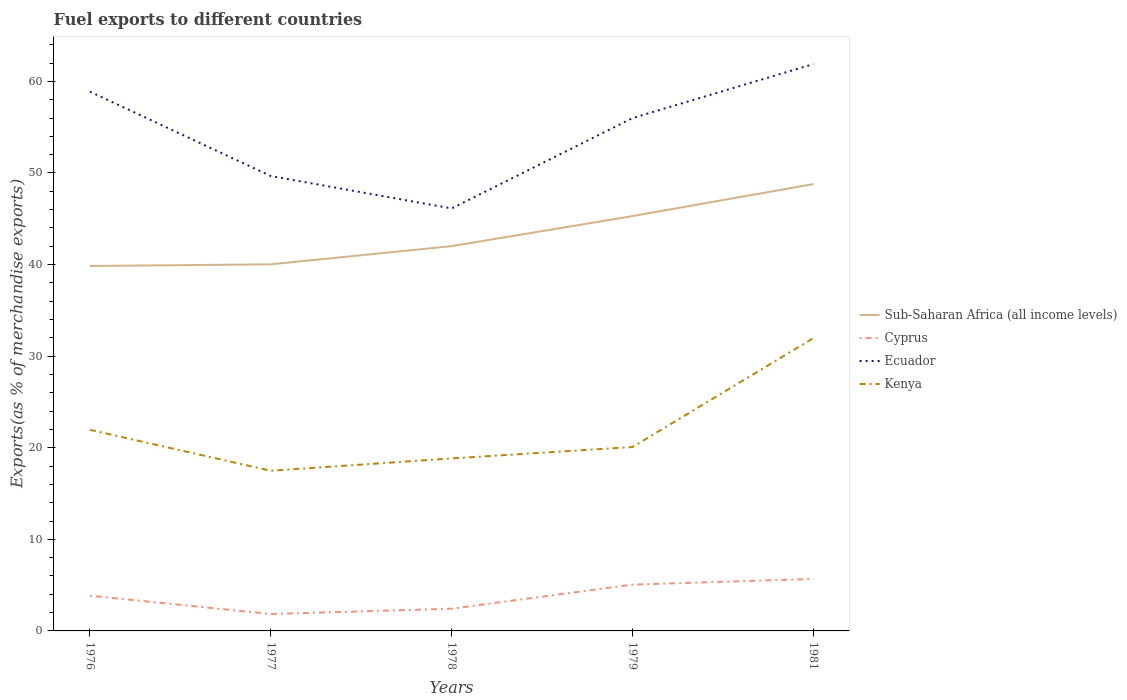
| Years | Sub-Saharan Africa (all income levels) | Cyprus | Ecuador | Kenya |
 | --- | --- | --- | --- | --- |
 | 1976 | 39.8 | 3.85 | 58.9 | 22 |
 | 1977 | 40 | 1.85 | 49.7 | 17.5 |
 | 1978 | 42 | 2.43 | 46.1 | 18.8 |
 | 1979 | 45.3 | 5.06 | 56 | 20.1 |
 | 1981 | 48.8 | 5.68 | 61.9 | 32 |